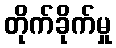
တိုက်ခိုက်မှု